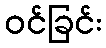
ဝင်ခြင်း